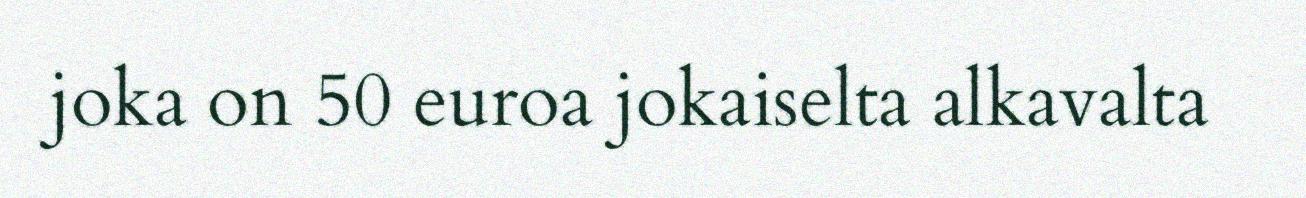
joka on 50 euroa jokaiselta alkavalta